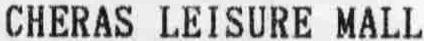
CHERAS LEISURE MALL